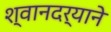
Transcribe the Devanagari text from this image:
श्वानदर्‍याने